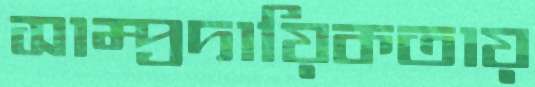
সাম্প্রদায়িকতায়